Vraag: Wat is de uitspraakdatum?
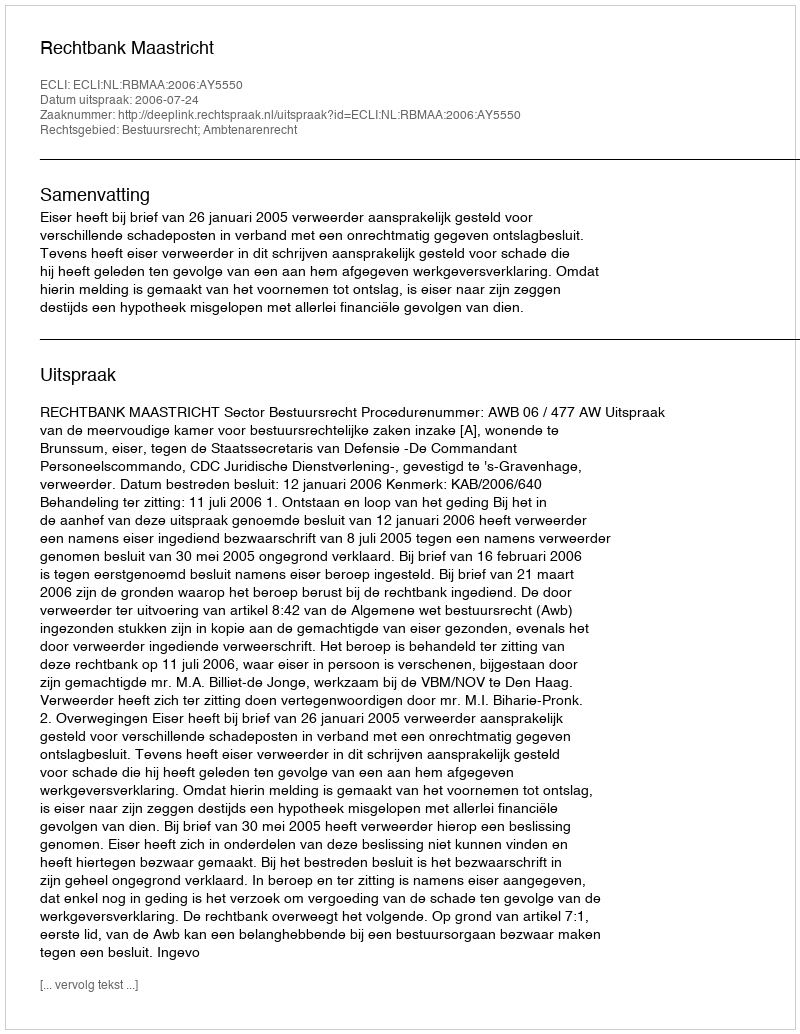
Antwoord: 2006-07-24